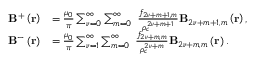
\begin{array} { r l } { \mathbf { B } ^ { + } \left( \mathbf { r } \right) } & { = \frac { \mu _ { 0 } } { \pi } \sum _ { { \nu } = 0 } ^ { \infty } \sum _ { m = 0 } ^ { \infty } \ \frac { f _ { 2 { \nu } + m + 1 , m } } { \rho _ { c } ^ { 2 { \nu } + m + 1 } } \mathbf { B } _ { 2 { \nu } + m + 1 , m } \left( \mathbf { r } \right) , } \\ { \mathbf { B } ^ { - } \left( \mathbf { r } \right) } & { = \frac { \mu _ { 0 } } { \pi } \sum _ { { \nu } = 1 } ^ { \infty } \sum _ { m = 0 } ^ { \infty } \ \frac { f _ { 2 { \nu } + m , m } } { \rho _ { c } ^ { 2 { \nu } + m } } \mathbf { B } _ { 2 { \nu } + m , m } \left( \mathbf { r } \right) . } \end{array}